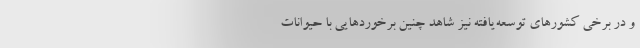
و در برخی کشورهای توسعه‌یافته نیز شاهد چنین برخوردهایی با حیوانات